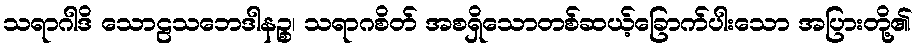
သရာဂါဒိ သောဠသဘေဒါနဉ္စ၊ သရာဂစိတ် အစရှိသောတစ်ဆယ့်ခြောက်ပါးသော အပြားတို့၏